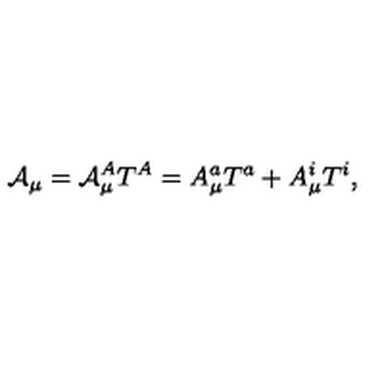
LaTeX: \mathcal { A } _ { \mu } = \mathcal { A } _ { \mu } ^ { A } T ^ { A } = A _ { \mu } ^ { a } T ^ { a } + A _ { \mu } ^ { i } T ^ { i } ,